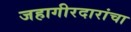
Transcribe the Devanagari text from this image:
जहागीरदारांचा